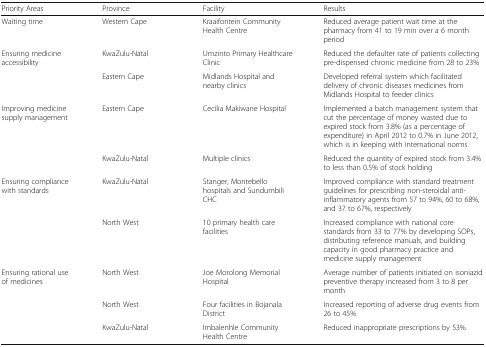
| Priority Areas | Province | Facility | Results |
 | --- | --- | --- | --- |
 | Waiting time | Western Cape | Kraaifontein Community Health Centre | Reduced average patient wait time at the pharmacy from 41 to 19 min over a 6 month period |
 | <ROWSPAN=2> Ensuring medicine accessibility | KwaZulu-Natal | Umzinto Primary Healthcare Clinic | Reduced the defaulter rate of patients collecting pre-dispensed chronic medicine from 28 to 23% |
 | Eastern Cape | Midlands Hospital and nearby clinics | Developed referral system which facilitated delivery of chronic diseases medicines from Midlands Hospital to feeder clinics |
 | <ROWSPAN=2> Improving medicine supply management | Eastern Cape | Cecilia Makiwane Hospital | Implemented a batch management system that cut the percentage of money wasted due to expired stock from 3.8% (as a percentage of expenditure) in April 2012 to 0.7% in June 2012, which is in keeping with international norms |
 | KwaZulu-Natal | Multiple clinics | Reduced the quantity of expired stock from 3.4% to less than 0.5% of stock holding |
 | <ROWSPAN=2> Ensuring compliance with standards | KwaZulu-Natal | Stanger, Montebello hospitals and Sundumbili CHC | Improved compliance with standard treatment guidelines for prescribing non-steroidal anti-inflammatory agents from 57 to 94%, 60 to 68%, and 37 to 67%, respectively |
 | North West | 10 primary health care facilities | Increased compliance with national core standards from 33 to 77% by developing SOPs, distributing reference manuals, and building capacity in good pharmacy practice and medicine supply management |
 | <ROWSPAN=3> Ensuring rational use of medicines | North West | Joe Morolong Memorial Hospital | Average number of patients initiated on isoniazid preventive therapy increased from 3 to 8 per month |
 | North West | Four facilities in Bojanala District | Increased reporting of adverse drug events from 26 to 45% |
 | KwaZulu-Natal | Imbalenhle Community Health Centre | Reduced inappropriate prescriptions by 53% |